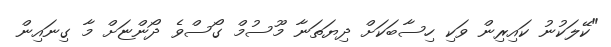
"ކޭލަކުނު ކައިރިން ވަކި ހިސާބަކަށް ދިޔަތަނާ މޫސުމް ގޯސްވެ ދޯންޏަށް މާ ގިނައިން